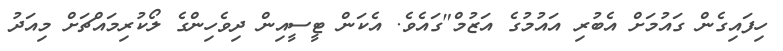
ހިފައިގެން ގައުމަށް އެބުރި އައުމުގެ އަޒުމް"ގައެވެ. އެކަން ޓީސީއިން ދިވެހިންގެ ލޯކުރިމައްޗަށް މިއަދު